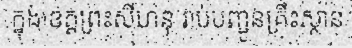
ក្នុងខេត្តព្រះសីហនុ រាប់បញ្ជូនគ្រឹះស្ថាន